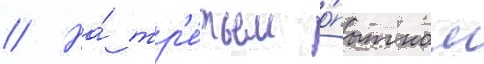
// На́ тр'е́тьем о́пытном